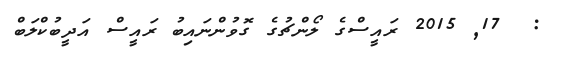
:  17